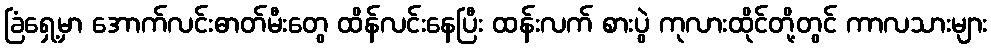
ခြံရှေ့မှာ အောက်လင်းဓာတ်မီးတွေ ထိန်လင်းနေပြီး ထန်းလက် စားပွဲ ကုလားထိုင်တို့တွင် ကာလသားများ